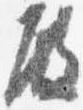
殿